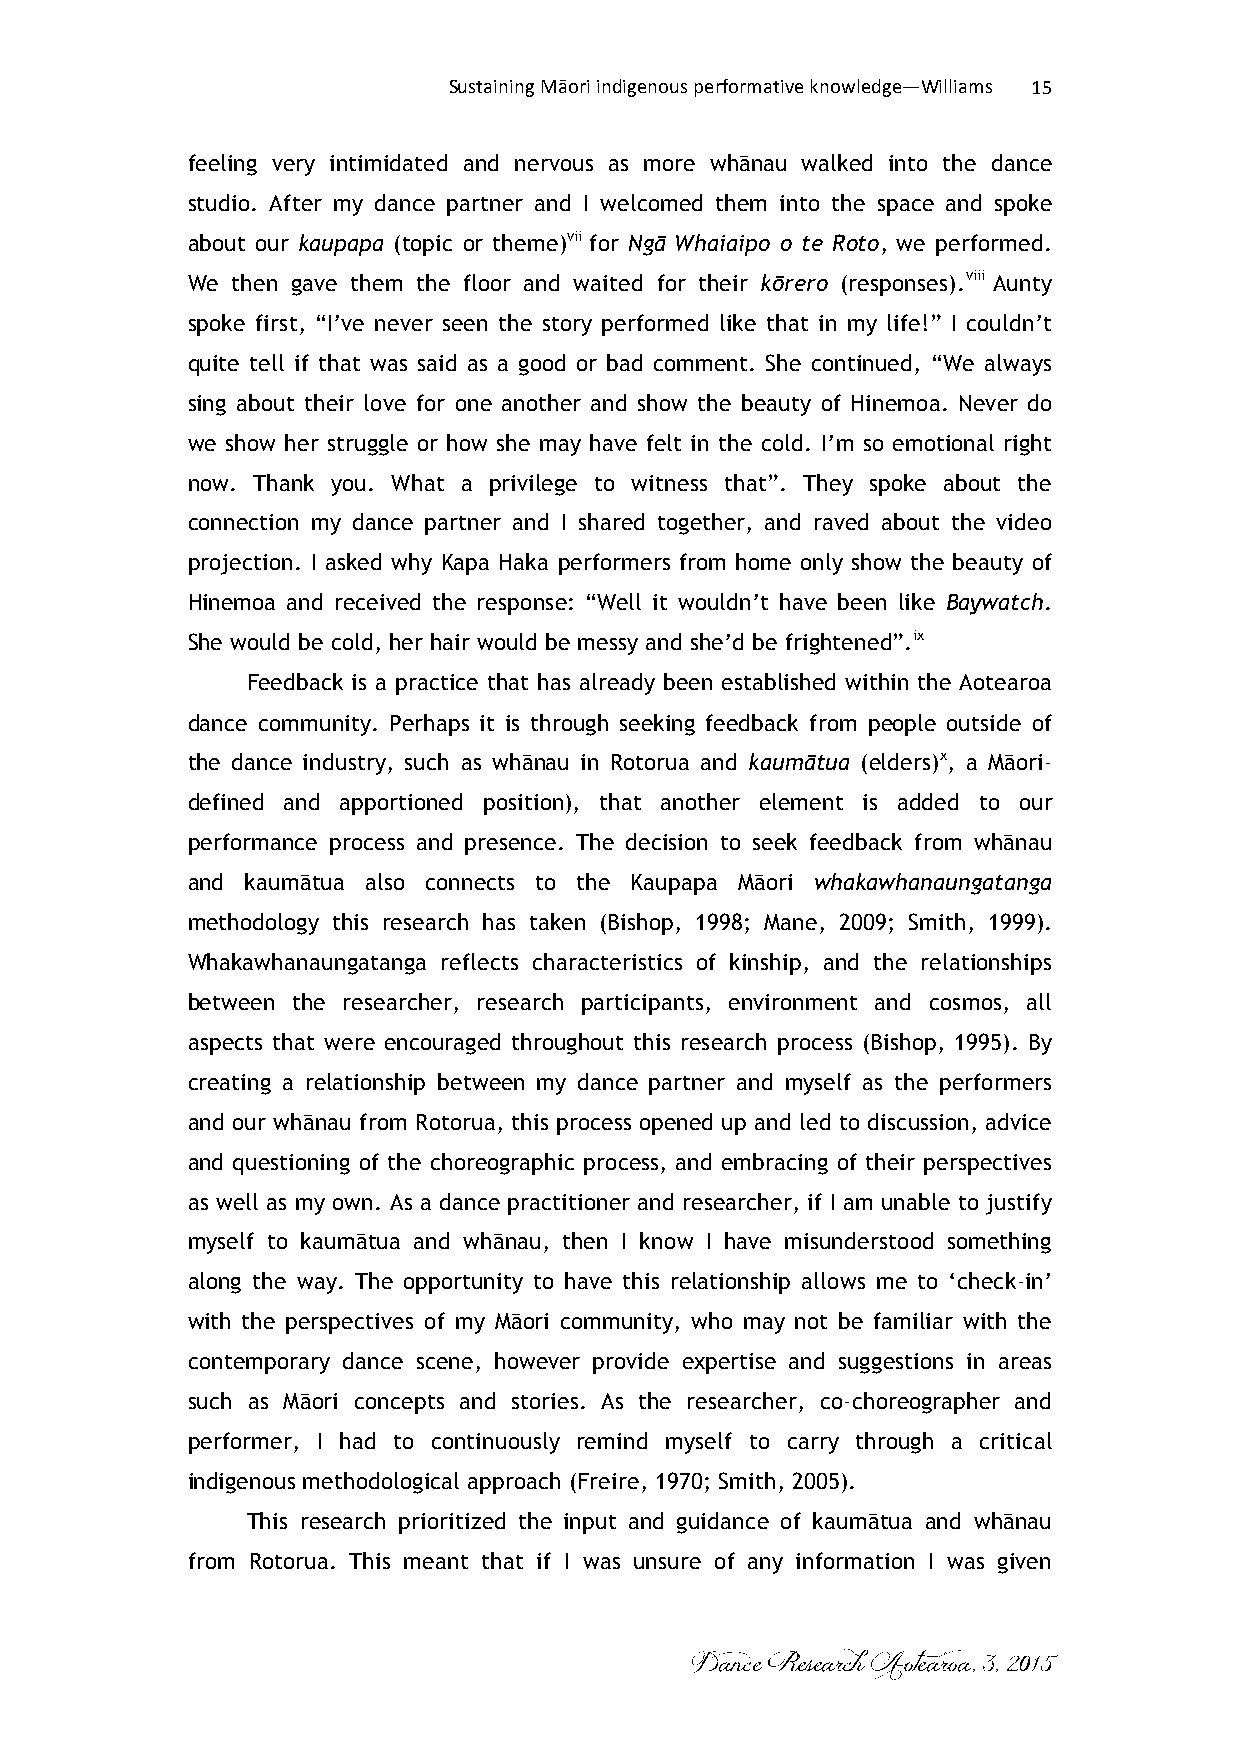
Sustaining Māori indigenous performative knowledge—Williams 15
 feeling very intimidated and nervous as more whānau walked into the dance
 studio. After my dance partner and I welcomed them into the space and spoke
 about our kaupapa (topic or theme)vii for Ngā Whaiaipo o te Roto, we performed.
 We then gave them the floor and waited for their kōrero (responses).viii Aunty
 spoke first, “I’ve never seen the story performed like that in my life!” I couldn’t
 quite tell if that was said as a good or bad comment. She continued, “We always
 sing about their love for one another and show the beauty of Hinemoa. Never do
 we show her struggle or how she may have felt in the cold. I’m so emotional right
 now. Thank you. What a privilege to witness that”. They spoke about the
 connection my dance partner and I shared together, and raved about the video
 projection. I asked why Kapa Haka performers from home only show the beauty of
 Hinemoa and received the response: “Well it wouldn’t have been like Baywatch.
 She would be cold, her hair would be messy and she’d be frightened”.ix
 Feedback is a practice that has already been established within the Aotearoa
 dance community. Perhaps it is through seeking feedback from people outside of
 the dance industry, such as whānau in Rotorua and kaumātua (elders)x, a Māori-
 defined and apportioned position), that another element is added to our
 performance process and presence. The decision to seek feedback from whānau
 and kaumātua also connects to the Kaupapa Māori whakawhanaungatanga
 methodology this research has taken (Bishop, 1998; Mane, 2009; Smith, 1999).
 Whakawhanaungatanga reflects characteristics of kinship, and the relationships
 between the researcher, research participants, environment and cosmos, all
 aspects that were encouraged throughout this research process (Bishop, 1995). By
 creating a relationship between my dance partner and myself as the performers
 and our whānau from Rotorua, this process opened up and led to discussion, advice
 and questioning of the choreographic process, and embracing of their perspectives
 as well as my own. As a dance practitioner and researcher, if I am unable to justify
 myself to kaumātua and whānau, then I know I have misunderstood something
 along the way. The opportunity to have this relationship allows me to ‘check-in’
 with the perspectives of my Māori community, who may not be familiar with the
 contemporary dance scene, however provide expertise and suggestions in areas
 such as Māori concepts and stories. As the researcher, co-choreographer and
 performer, I had to continuously remind myself to carry through a critical
 indigenous methodological approach (Freire, 1970; Smith, 2005).
 This research prioritized the input and guidance of kaumātua and whānau
 from Rotorua. This meant that if I was unsure of any information I was given
 Dance Research Aotearoa, 3, 2015